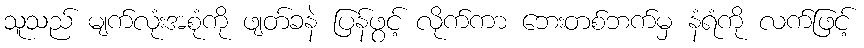
သူသည် မျက်လုံးအစုံကို ဖျတ်ခနဲ ပြန်ဖွင့် လိုက်ကာ ဘေးတစ်ဘက်မှ နံရံကို လက်ဖြင့်